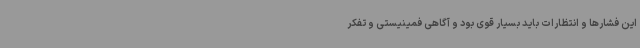
این فشارها و انتظارات باید بسیار قوی بود و آگاهی فمینیستی و تفکر